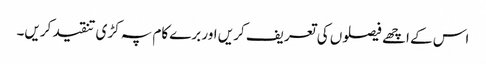
اس کے اچھے فیصلوں کی تعریف کریں اور برے کام پہ کڑی تنقید کریں۔